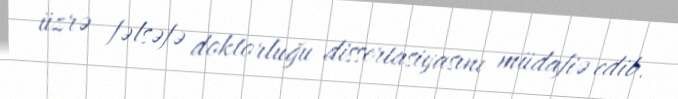
üzrə fəlsəfə doktorluğu dissertasiyasını müdafiə edib.